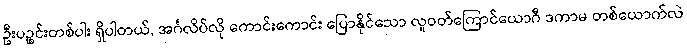
ဦးပဉ္စင်းတစ်ပါး ရှိပါတယ်, အင်္ဂလိပ်လို ကောင်းကောင်း ပြောနိုင်သော လူဝတ်ကြောင်ယောဂီ ဒကာမ တစ်ယောက်လဲ